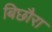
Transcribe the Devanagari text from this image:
बिछौरा